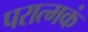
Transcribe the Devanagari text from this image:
परात्मकं